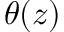
\theta ( z )